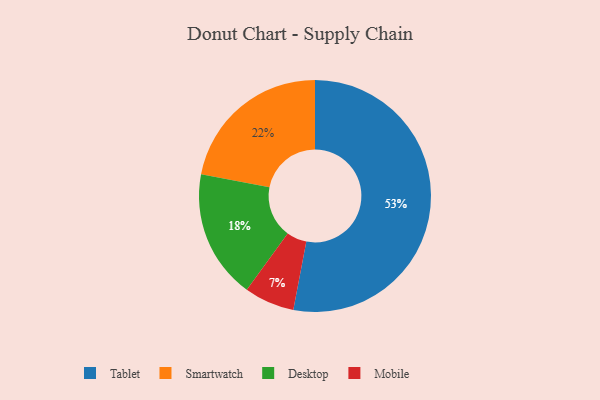
{"axis": {"x": "Category", "y": "Percentage"}, "legend": ["Desktop", "Mobile", "Smartwatch", "Tablet"], "data": [{"x": "Smartwatch", "y": 22, "type": "Smartwatch"}, {"x": "Mobile", "y": 7, "type": "Mobile"}, {"x": "Tablet", "y": 53, "type": "Tablet"}, {"x": "Desktop", "y": 18, "type": "Desktop"}]}